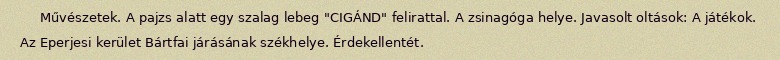
Művészetek. A pajzs alatt egy szalag lebeg "CIGÁND" felirattal. A zsinagóga helye. Javasolt oltások: A játékok. Az Eperjesi kerület Bártfai járásának székhelye. Érdekellentét.